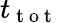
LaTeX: t_{\mathrm{~t~o~t~}}